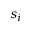
s _ { i }